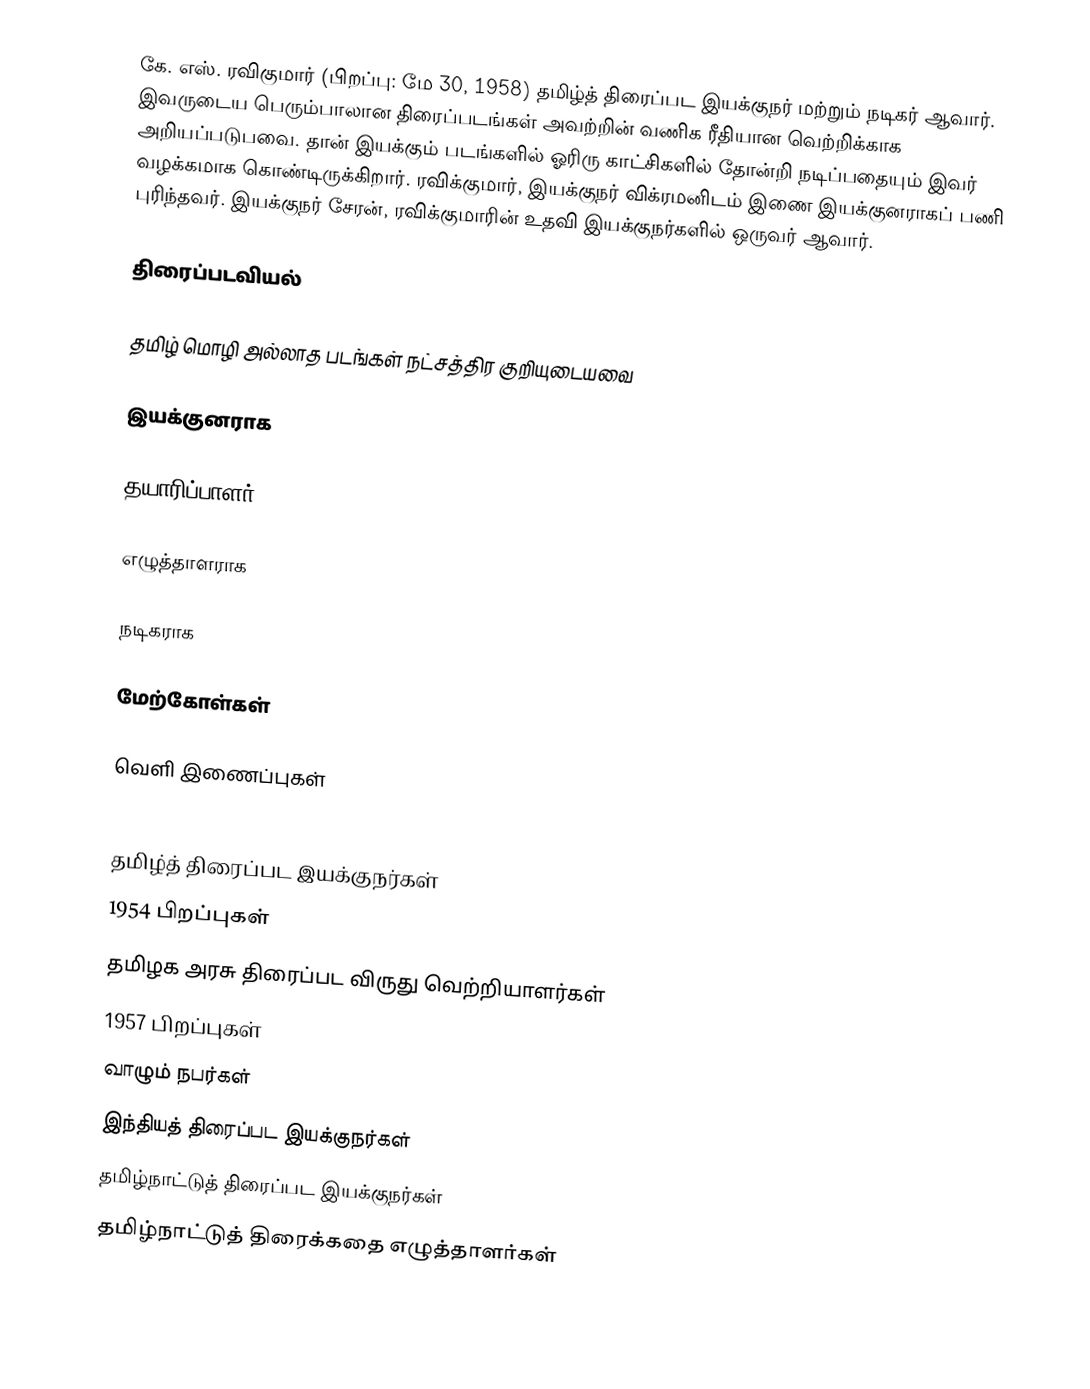
கே. எஸ். ரவிகுமார் (பிறப்பு: மே 30, 1958) தமிழ்த் திரைப்பட இயக்குநர் மற்றும் நடிகர் ஆவார். இவருடைய பெரும்பாலான திரைப்படங்கள் அவற்றின் வணிக ரீதியான வெற்றிக்காக அறியப்படுபவை. தான் இயக்கும் படங்களில் ஓரிரு காட்சிகளில் தோன்றி நடிப்பதையும் இவர் வழக்கமாக கொண்டிருக்கிறார். ரவிக்குமார், இயக்குநர் விக்ரமனிடம் இணை இயக்குனராகப் பணி புரிந்தவர். இயக்குநர் சேரன், ரவிக்குமாரின் உதவி இயக்குநர்களில் ஒருவர் ஆவார்.

திரைப்படவியல்

தமிழ் மொழி அல்லாத படங்கள் நட்சத்திர குறியுடையவை

இயக்குனராக

தயாரிப்பாளர்

எழுத்தாளராக

நடிகராக

மேற்கோள்கள்

வெளி இணைப்புகள்

தமிழ்த் திரைப்பட இயக்குநர்கள்
1954 பிறப்புகள்
தமிழக அரசு திரைப்பட விருது வெற்றியாளர்கள்
1957 பிறப்புகள்
வாழும் நபர்கள்
இந்தியத் திரைப்பட இயக்குநர்கள்
தமிழ்நாட்டுத் திரைப்பட இயக்குநர்கள்
தமிழ்நாட்டுத் திரைக்கதை எழுத்தாளர்கள்